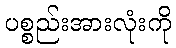
ပစ္စည်းအားလုံးကို